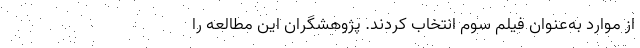
از موارد به‌عنوان فیلم سوم انتخاب کردند. پژوهشگران این مطالعه را